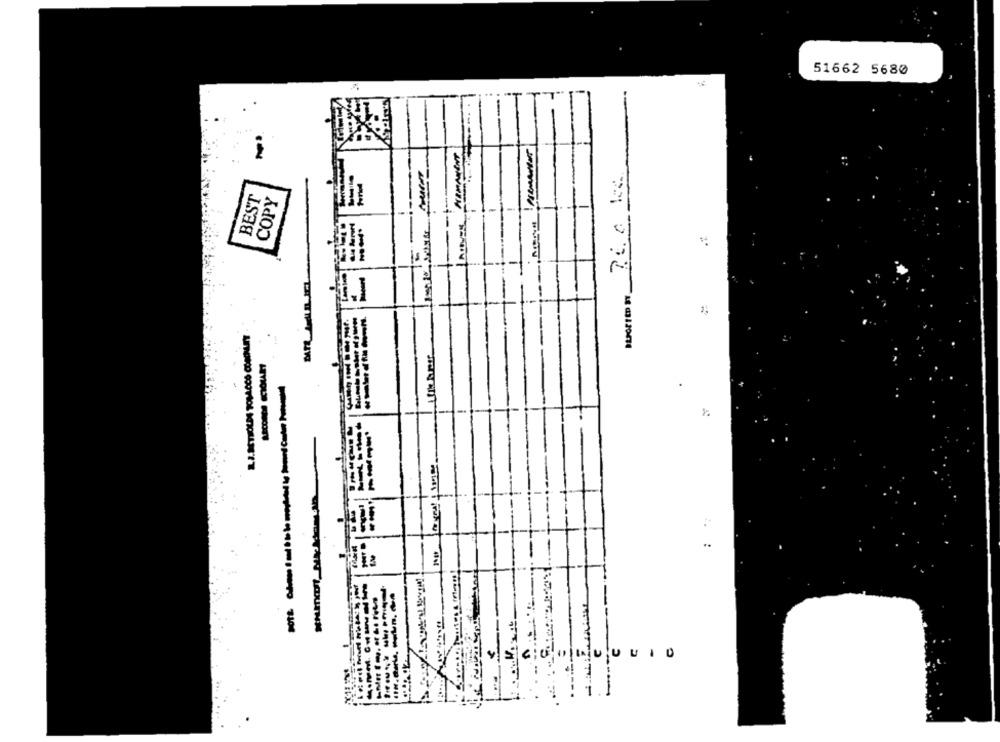
51662 5680
promemor
BEST
COPY
.
----
VSCEQUI
------